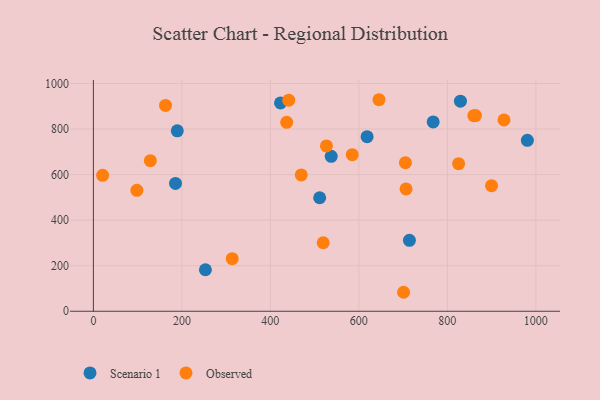
{"axis": {"x": "Distance", "y": "Salary"}, "legend": ["Observed", "Scenario 1"], "data": [{"x": "714.2", "y": 311.4, "type": "Scenario 1"}, {"x": "980.8", "y": 750.1, "type": "Scenario 1"}, {"x": "189.6", "y": 792.2, "type": "Scenario 1"}, {"x": "537.5", "y": 679.9, "type": "Scenario 1"}, {"x": "185.6", "y": 561.3, "type": "Scenario 1"}, {"x": "511.4", "y": 498.2, "type": "Scenario 1"}, {"x": "253.2", "y": 182.2, "type": "Scenario 1"}, {"x": "767.9", "y": 831.0, "type": "Scenario 1"}, {"x": "829.5", "y": 922.3, "type": "Scenario 1"}, {"x": "618.6", "y": 766.3, "type": "Scenario 1"}, {"x": "422.9", "y": 914.3, "type": "Scenario 1"}, {"x": "163.0", "y": 903.5, "type": "Observed"}, {"x": "128.7", "y": 661.1, "type": "Observed"}, {"x": "20.9", "y": 596.8, "type": "Observed"}, {"x": "899.8", "y": 551.2, "type": "Observed"}, {"x": "469.8", "y": 598.4, "type": "Observed"}, {"x": "825.4", "y": 647.7, "type": "Observed"}, {"x": "859.8", "y": 858.3, "type": "Observed"}, {"x": "98.3", "y": 530.9, "type": "Observed"}, {"x": "705.2", "y": 652.1, "type": "Observed"}, {"x": "706.6", "y": 537.1, "type": "Observed"}, {"x": "645.4", "y": 928.5, "type": "Observed"}, {"x": "519.4", "y": 300.7, "type": "Observed"}, {"x": "436.9", "y": 829.2, "type": "Observed"}, {"x": "585.0", "y": 687.3, "type": "Observed"}, {"x": "526.7", "y": 725.8, "type": "Observed"}, {"x": "701.0", "y": 83.3, "type": "Observed"}, {"x": "441.5", "y": 926.5, "type": "Observed"}, {"x": "313.7", "y": 230.7, "type": "Observed"}, {"x": "928.0", "y": 839.7, "type": "Observed"}, {"x": "863.4", "y": 859.1, "type": "Observed"}]}